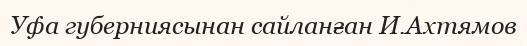
Уфа губерниясынан сайланған И.Ахтямов